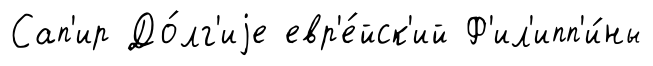
Сап'ир До́лг'иjе евр'е́йск'ий Ф'ил'ипп'и́ны